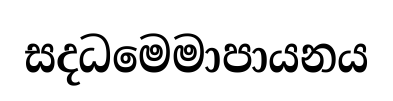
සදධමෙමාපායනය